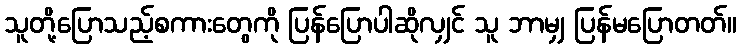
သူတို့ပြောသည့်စကားတွေကို ပြန်ပြောပါဆိုလျှင် သူ ဘာမျှ ပြန်မပြောတတ်။